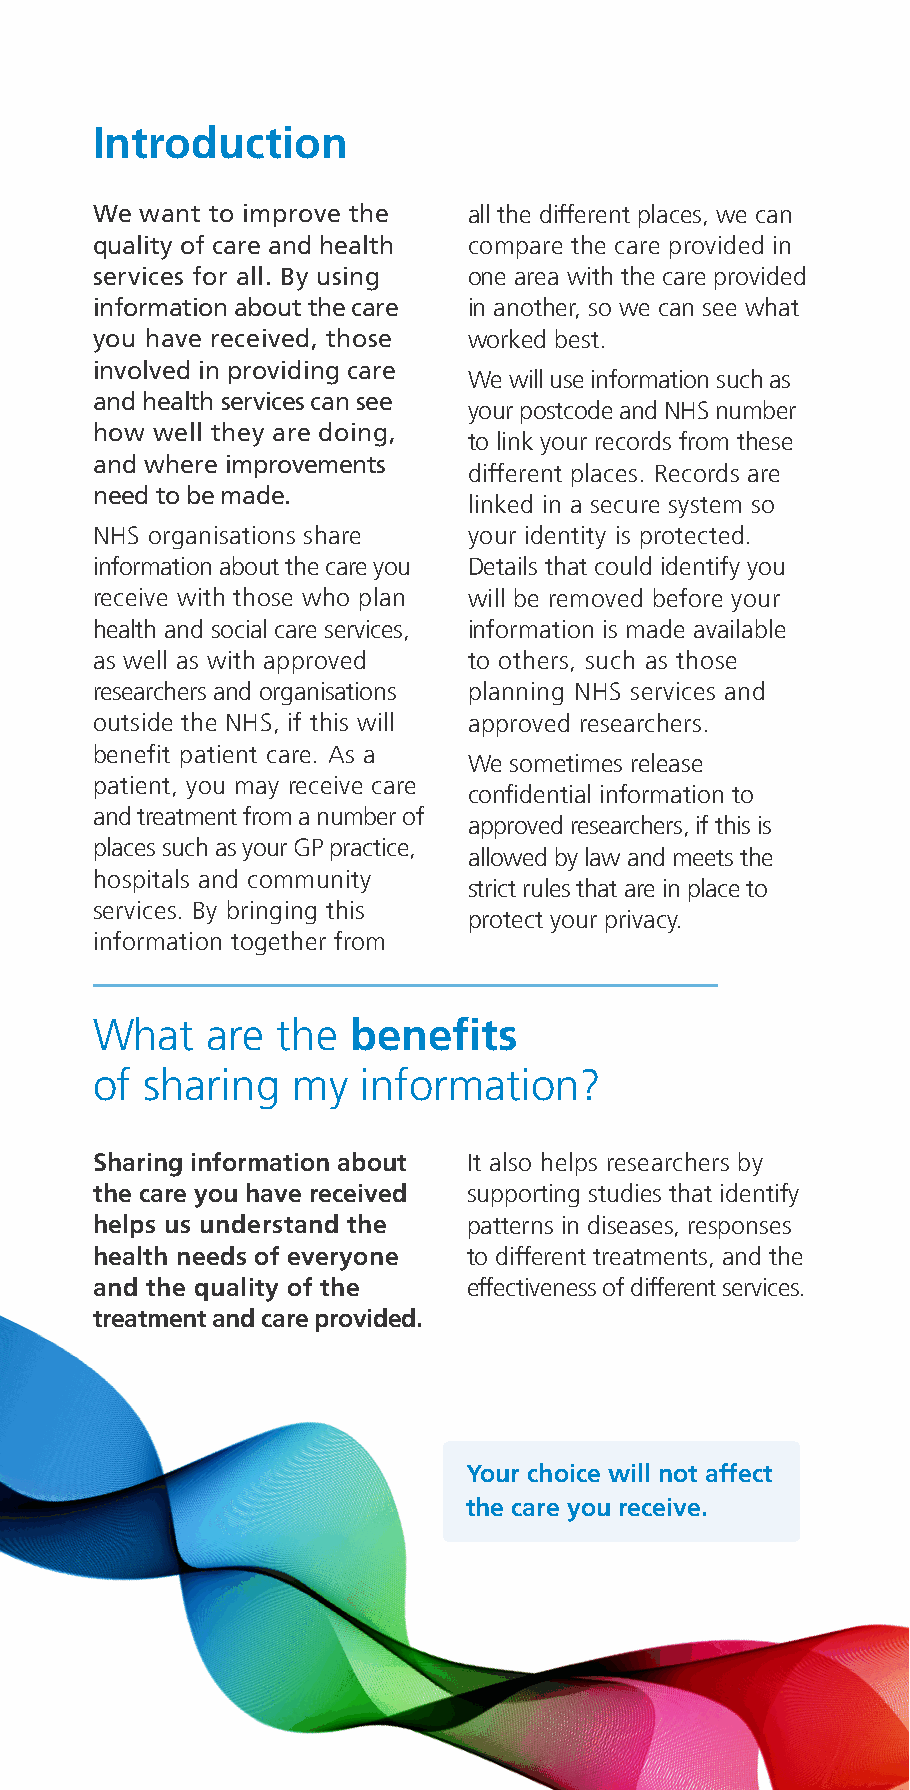
Introduction
 We want to improve the   all the different places, we can
 quality of care and health compare the care provided in
 services for all. By using one area with the care provided
 information about the care in another, so we can see what
 you have received, those worked best.
 involved in providing care
 We will use information such as
 and health services can see
 your postcode and NHS number
 how well they are doing,
 to link your records from these
 and where improvements
 different places. Records are
 need to be made.
 linked in a secure system so
 NHS organisations share  your identity is protected.
 information about the care you Details that could identify you
 receive with those who plan will be removed before your
 health and social care services, information is made available
 as well as with approved to others, such as those
 researchers and organisations planning NHS services and
 outside the NHS, if this will approved researchers.
 benefit patient care. As a
 We sometimes release
 patient, you may receive care
 confidential information to
 and treatment from a number of
 approved researchers, if this is
 places such as your GP practice,
 allowed by law and meets the
 hospitals and community
 strict rules that are in place to
 services. By bringing this
 protect your privacy.
 information together from
 What    are the  benefits
 of  sharing  my   information?
 Sharing information about It also helps researchers by
 the care you have received supporting studies that identify
 helps us understand the  patterns in diseases, responses
 health needs of everyone to different treatments, and the
 and the quality of the   effectiveness of different services.
 treatment and care provided.
 Your choice will not affect
 the care you receive.